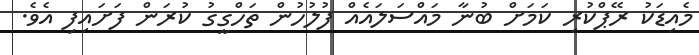
މެއިޑަކު ރޭޕްކުރި ކަމަށް ބުނާ މައްސަލައެއް ފުލުހުން ތަހްގީގު ކުރަން ފަށައިިފި އެވެ.